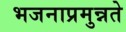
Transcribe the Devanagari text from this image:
भजनाप्रमुन्नते